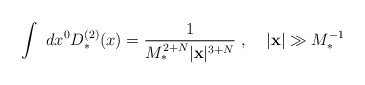
\begin{align*}\int~dx^0 D_*^{(2)}(x) = \frac{1}{M_*^{2+N} |{\bf x}|^{3+N}}\; , \;\;\; \; |{\bf x}| \gg M_*^{-1}\end{align*}